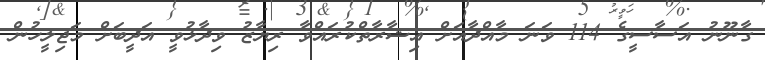
ގާނޫނު އަސާސީގެ 114 ވަަނަ މާއްދާއަށް އިޝާރާތްކުރައްވާ ރިޔާޒު ވިދާޅުވީ އަދީބަށް މަޖިލީހުން